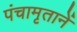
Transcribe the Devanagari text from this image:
पंचामृतानें